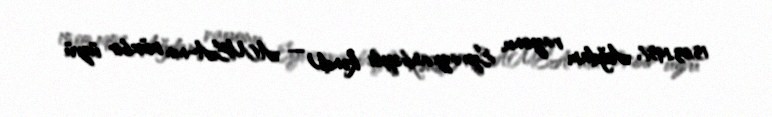
15.03.1957, Ağdam rayonu, Eyvazxanbəyli kəndi) — AMEA-nın müxbir üzvü